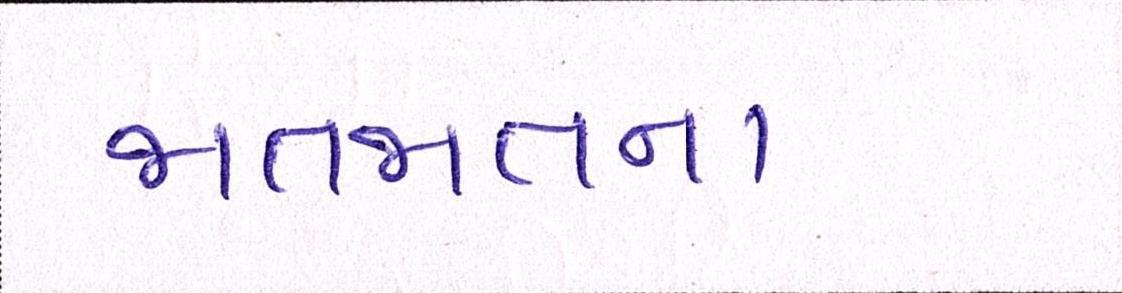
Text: જાતજાતના